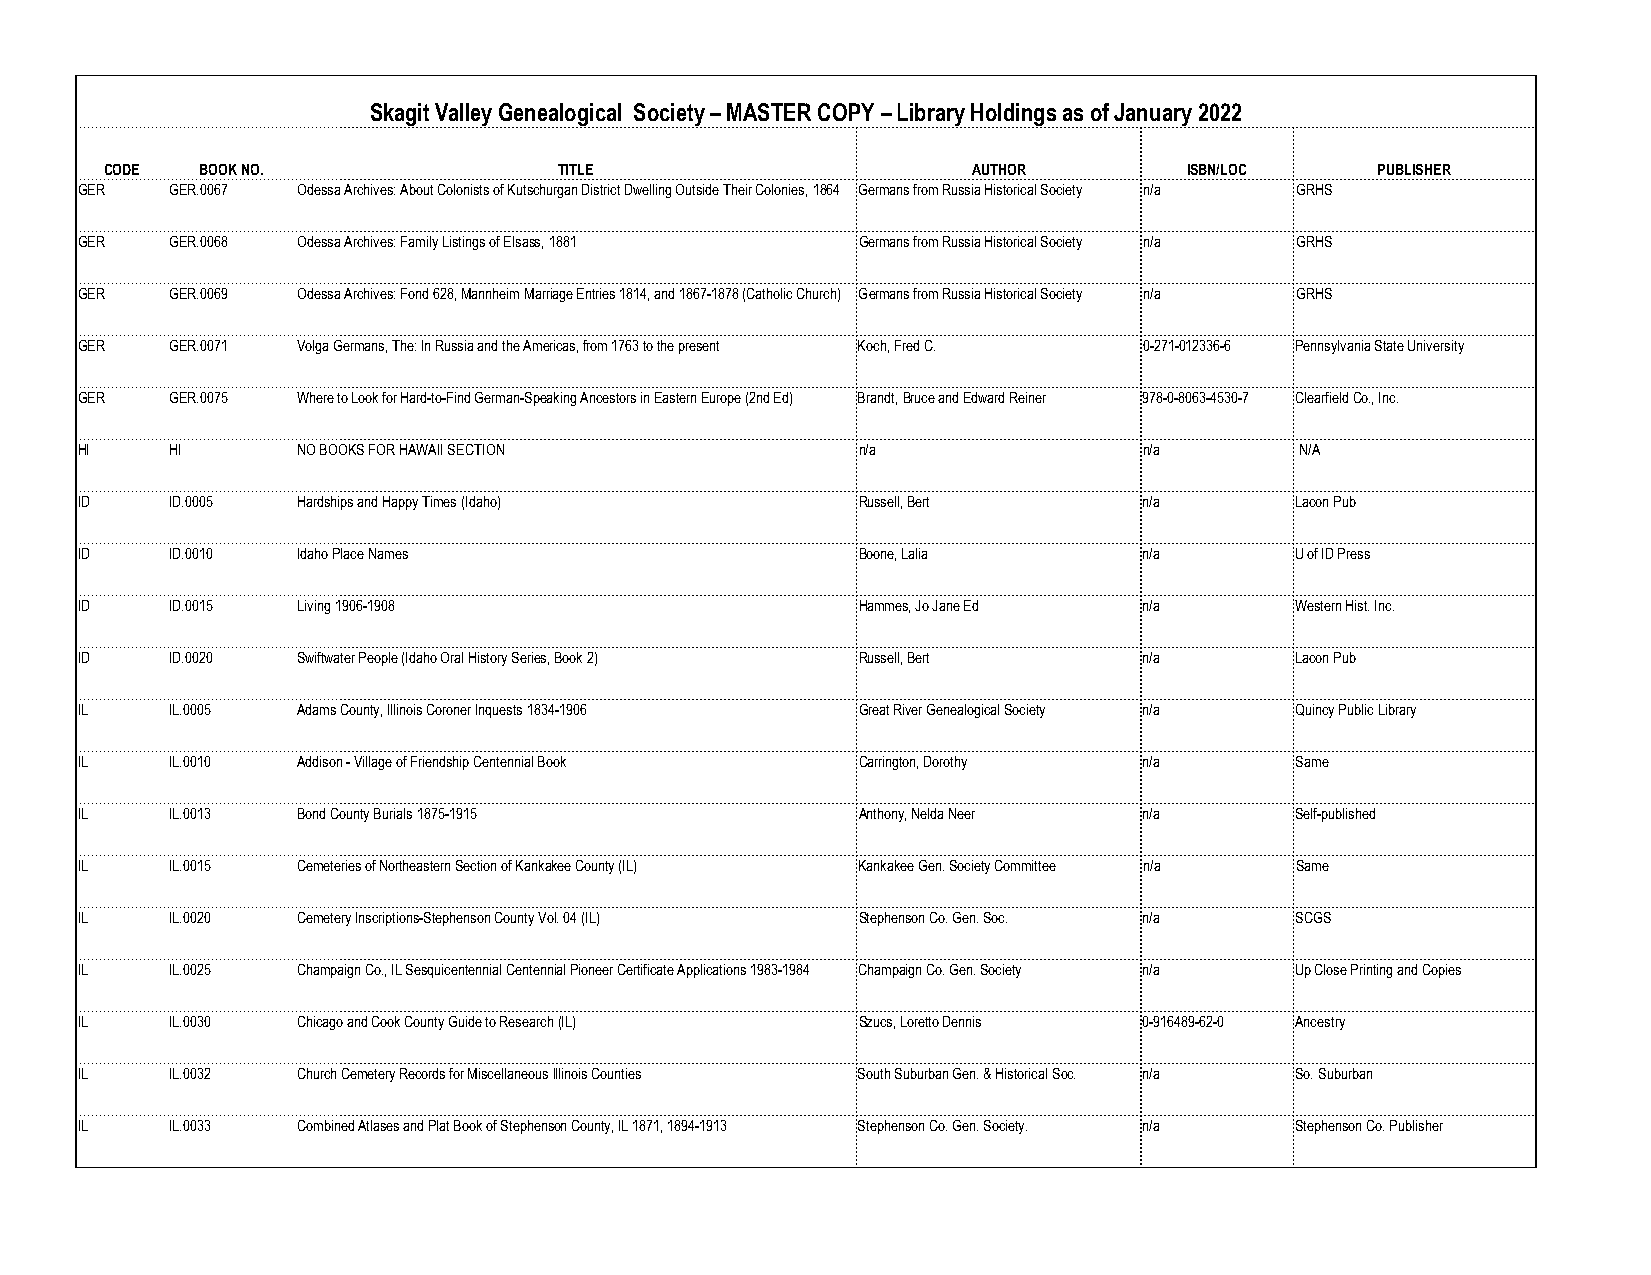
Skagit Valley Genealogical Society – MASTER COPY – Library Holdings as of January 2022
 CODE  BOOK NO.                TITLE                      AUTHOR         ISBN/LOC    PUBLISHER
 GER   GER.0067 Odessa Archives: About Colonists of Kutschurgan District Dwelling Outside Their Colonies, 1864 Germans from Russia Historical Society n/a GRHS
 GER   GER.0068 Odessa Archives: Family Listings of Elsass, 1881 Germans from Russia Historical Society n/a GRHS
 GER   GER.0069 Odessa Archives: Fond 628, Mannheim Marriage Entries 1814, and 1867-1878 (Catholic Church) Germans from Russia Historical Society n/a GRHS
 GER   GER.0071 Volga Germans, The: In Russia and the Americas, from 1763 to the present Koch, Fred C. 0-271-012336-6 Pennsylvania State University
 GER   GER.0075 Where to Look for Hard-to-Find German-Speaking Ancestors in Eastern Europe (2nd Ed) Brandt, Bruce and Edward Reiner 978-0-8063-4530-7 Clearfield Co., Inc.
 HI    HI       NO BOOKS FOR HAWAII SECTION          n/a                n/a       N/A
 ID    ID.0005  Hardships and Happy Times (Idaho)    Russell, Bert      n/a       Lacon Pub
 ID    ID.0010  Idaho Place Names                    Boone, Lalia       n/a       U of ID Press
 ID    ID.0015  Living 1906-1908                     Hammes, Jo Jane Ed n/a       Western Hist. Inc.
 ID    ID.0020  Swiftwater People (Idaho Oral History Series, Book 2) Russell, Bert n/a Lacon Pub
 IL    IL.0005  Adams County, Illinois Coroner Inquests 1834-1906 Great River Genealogical Society n/a Quincy Public Library
 IL    IL.0010  Addison - Village of Friendship Centennial Book Carrington, Dorothy n/a Same
 IL    IL.0013  Bond County Burials 1875-1915        Anthony, Nelda Neer n/a      Self-published
 IL    IL.0015  Cemeteries of Northeastern Section of Kankakee County (IL) Kankakee Gen. Society Committee n/a Same
 IL    IL.0020  Cemetery Inscriptions-Stephenson County Vol. 04 (IL) Stephenson Co. Gen. Soc. n/a SCGS
 IL    IL.0025  Champaign Co., IL Sesquicentennial Centennial Pioneer Certificate Applications 1983-1984 Champaign Co. Gen. Society n/a Up Close Printing and Copies
 IL    IL.0030  Chicago and Cook County Guide to Research (IL) Szucs, Loretto Dennis 0-916489-62-0 Ancestry
 IL    IL.0032  Church Cemetery Records for Miscellaneous Illinois Counties South Suburban Gen. & Historical Soc. n/a So. Suburban
 IL    IL.0033  Combined Atlases and Plat Book of Stephenson County, IL 1871, 1894-1913 Stephenson Co. Gen. Society. n/a Stephenson Co. Publisher